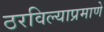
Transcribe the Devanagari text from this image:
ठरविल्याप्रमाणे